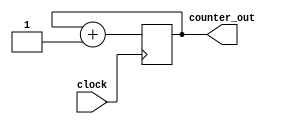
// simple 32 bit counter


module simple_counter (input clock, output reg [31:0] counter_out);


always @ (posedge clock) 


  begin


    counter_out <= #1 counter_out + 1;


  end


endmodule